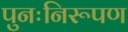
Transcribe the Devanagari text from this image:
पुनःनिरूपण